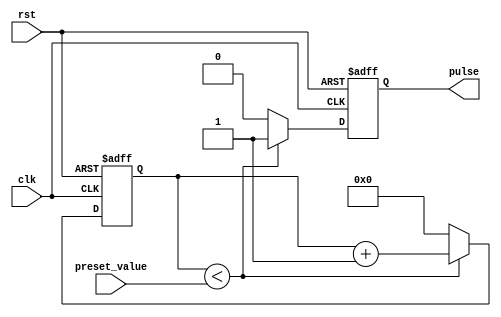
module VariablePulseWidthGenerator (
    input wire clk,
    input wire rst,
    input wire [7:0] preset_value,
    output reg pulse
);

reg [7:0] counter;

always @ (posedge clk or posedge rst) begin
    if (rst) begin
        counter <= 8'd0;
        pulse <= 1'b0;
    end else begin
        if (counter < preset_value) begin
            counter <= counter + 1;
            pulse <= 1'b1;
        end else begin
            counter <= 8'd0;
            pulse <= 1'b0;
        end
    end
end

endmodule